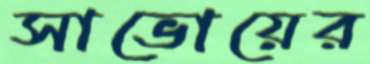
সাভোয়ের